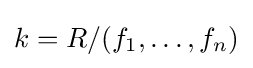
k=R/(f_{1},\dots ,f_{n})